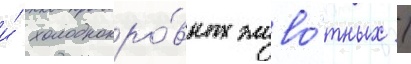
и́ холоднокро́вных живо́тных /